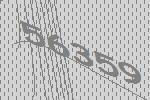
56359